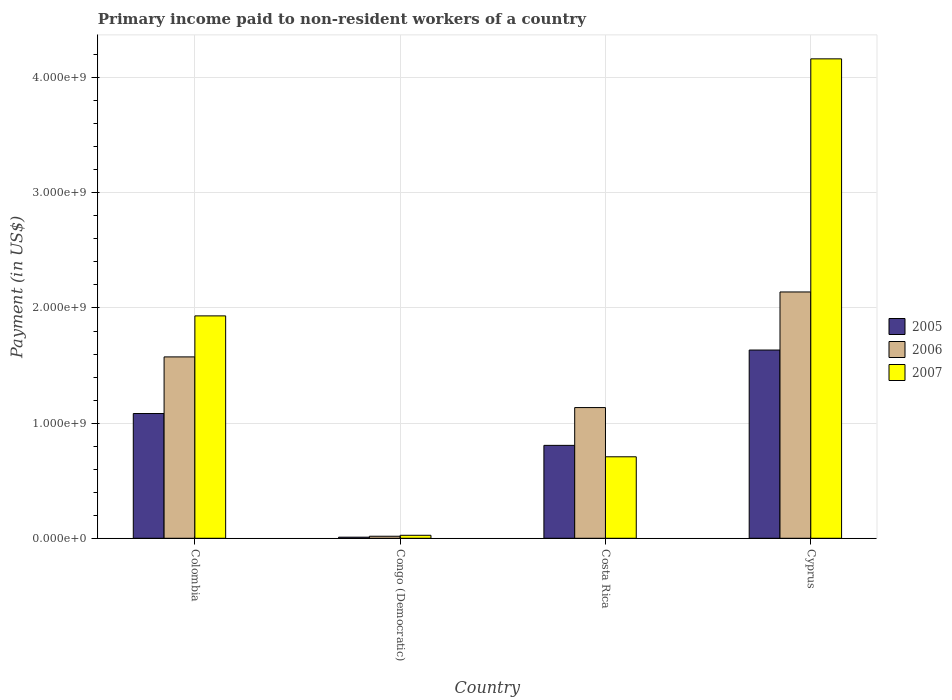
| Country | 2005 | 2006 | 2007 |
 | --- | --- | --- | --- |
 | Colombia | 1.08e+09 | 1.58e+09 | 1.93e+09 |
 | Congo (Democratic) | 9.5e+06 | 1.77e+07 | 2.6e+07 |
 | Costa Rica | 8.07e+08 | 1.14e+09 | 7.08e+08 |
 | Cyprus | 1.63e+09 | 2.14e+09 | 4.16e+09 |